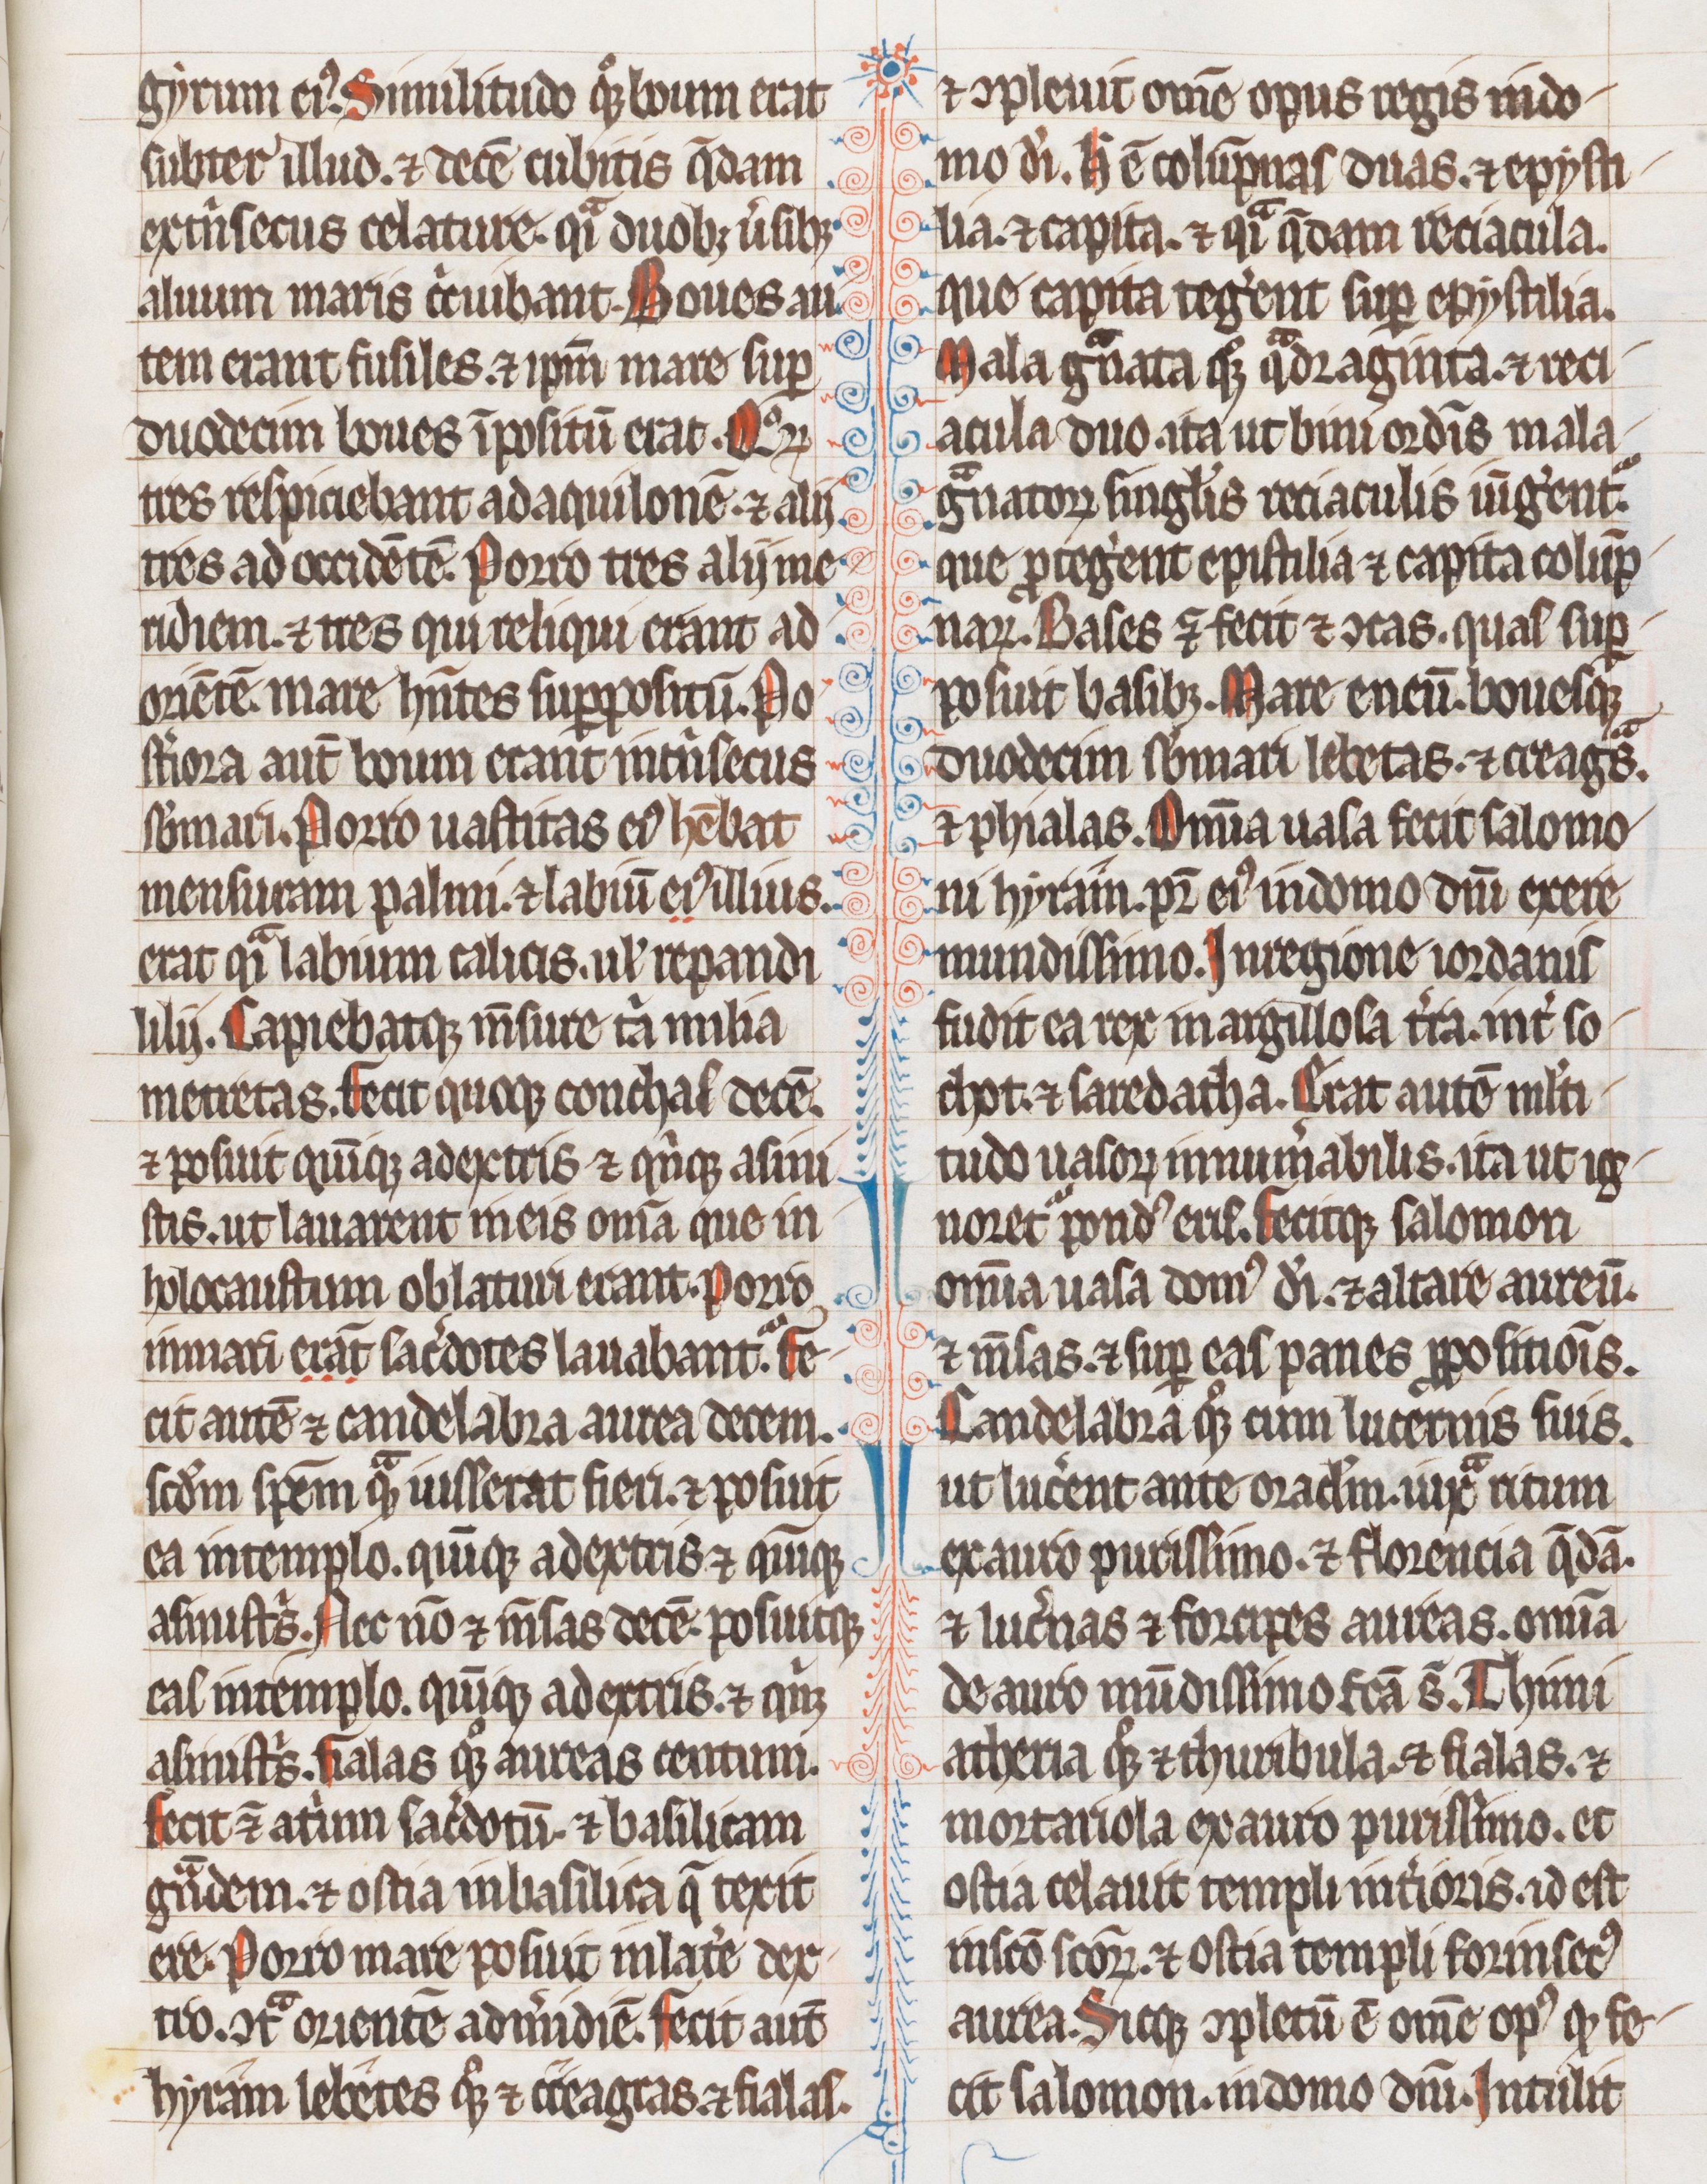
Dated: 1255–1285